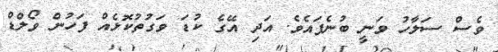
ވެސް ސަލާހު ވަނީ ބުނެފައެވެ. އަދި އޭގެ ކުޑަ ވަގުތުކޮޅެއް ފަހުން ވޯލްޑް